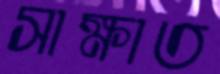
সাক্ষাত